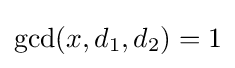
\gcd(x,d_{1},d_{2})=1